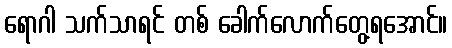
ရောဂါ သက်သာရင် တစ် ခေါက်လောက်တွေ့ရအောင်။